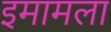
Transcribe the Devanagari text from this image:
इमामला